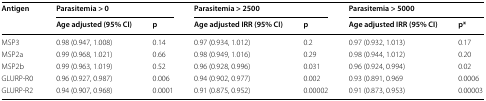
| <ROWSPAN=2> Antigen | <COLSPAN=2> Parasitemia > 0 | <COLSPAN=2> Parasitemia > 2500 | <COLSPAN=2> Parasitemia > 5000 |
 | Age adjusted (95% CI) | p | Age adjusted IRR (95% CI) | p | Age adjusted IRR (95% CI) | p* |
 | --- | --- | --- | --- | --- | --- | --- |
 | MSP3 | 0.98 (0.947, 1.008) | 0.14 | 0.97 (0.934, 1.012) | 0.2 | 0.97 (0.932, 1.013) | 0.17 |
 | MSP2a | 0.99 (0.968, 1.021) | 0.66 | 0.98 (0.949, 1.016) | 0.29 | 0.98 (0.944, 1.012) | 0.20 |
 | MSP2b | 0.99 (0.963, 1.019) | 0.52 | 0.96 (0.928, 0.996) | 0.031 | 0.96 (0.924, 0.994) | 0.02 |
 | GLURP-R0 | 0.96 (0.927, 0.987) | 0.006 | 0.94 (0.902, 0.977) | 0.002 | 0.93 (0.891, 0.969 | 0.0006 |
 | GLURP-R2 | 0.94 (0.907, 0.968) | 0.0001 | 0.91 (0.875, 0.952) | 0.00002 | 0.91 (0.873, 0.953) | 0.00003 |